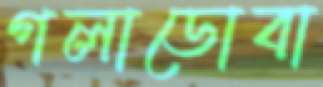
গলাডোবা